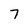
Character: 7